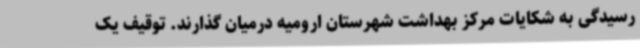
رسیدگی به شکایات مرکز بهداشت شهرستان ارومیه درمیان گذارند. توقیف یک